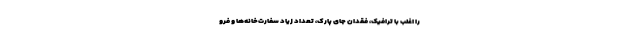
را اغلب با ترافیک، فقدان جای پارک، تعداد زیاد سفارت‌خانه‌ها و فرو